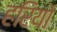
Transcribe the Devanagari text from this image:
हरियो